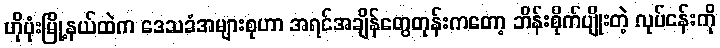
ဟိုပုံးမြို့နယ်ထဲက ဒေသခံအများစုဟာ အရင်အချိန်တွေတုန်းကတော့ ဘိန်းစိုက်ပျိုးတဲ့ လုပ်ငန်းကို